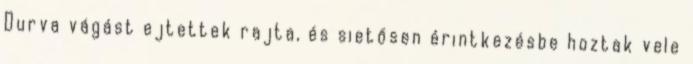
Durva vágást ejtettek rajta, és sietősen érintkezésbe hoztak vele